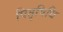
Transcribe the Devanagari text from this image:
पितृविधि